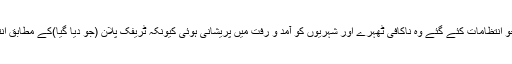
پاکستان سیریز کا فاتح ٹھہرا، تاہم ٹریفک کے لئے جو انتظامات کئے گئے وہ ناکافی ٹھہرے اور شہریوں کو آمد و رفت میں پریشانی ہوئی کیونکہ ٹریفک پلان (جو دیا گیا)کے مطابق انتظامات نہ ہو سکے اور کئی سڑکیں بند رکھی گئیں۔